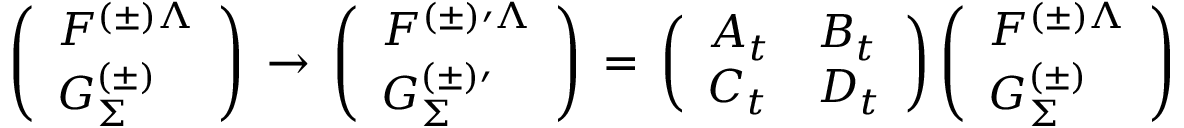
\left( \begin{array} { l } { { F ^ { ( \pm ) \Lambda } } } \\ { { G _ { \Sigma } ^ { ( \pm ) } } } \end{array} \right) \, \rightarrow \, \left( \begin{array} { l } { { F ^ { ( \pm ) \prime \Lambda } } } \\ { { G _ { \Sigma } ^ { ( \pm ) \prime } } } \end{array} \right) \, = \, \left( \begin{array} { l l } { { A _ { t } } } & { { B _ { t } } } \\ { { C _ { t } } } & { { D _ { t } } } \end{array} \right) \left( \begin{array} { l } { { F ^ { ( \pm ) \Lambda } } } \\ { { G _ { \Sigma } ^ { ( \pm ) } } } \end{array} \right)